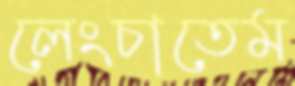
লেংচাতেম